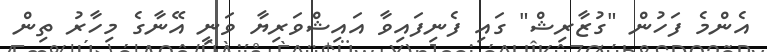
އެންމެ ފަހުން "ގުޒާރިޝް" ގައި ފެނިފައިވާ އައިޝްވަރިޔާ ވަނީ އޭނާގެ މިހާރު ތިން